Sanitation, dispensaries and jails vaccination Rajputana 1922-1927 - 1922-1927
Year: 1922
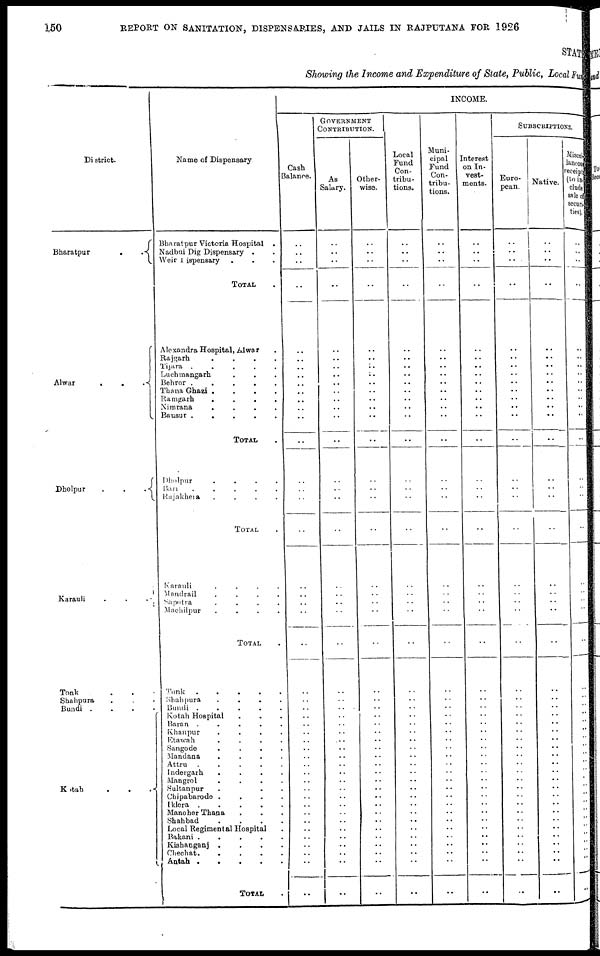
150
REPORT ON SANITATION, DISPENSARIES, AND JAILS IN RAJPUTANA FOR 1926
STAT
Showing the Income and Expenditure of State, Public, Local Fun
District.
Bharatpur
.
.
.
Alwar
.
.
.
.
Dholpur
.
.
.
.
Karauli . . . . .
Tonk . . . .
Shahpura . . .
Bundi . . .
Kotah . . .
Name of Dispensary
Bharatpur Victoria Hospital .
Nadbui Dig Dispensary . .
Weir Dispensary . . .
TOTAL .
Alexandra Hospital, Alwar .
Rajgarh
.
.
.
.
Tijara
.
.
.
.
Luchmangarh . . .
Behror
.
.
.
.
.
Thana Ghazi
.
.
.
.
Ramgarh
.
.
.
.
Nimrana
.
.
.
.
Bausur
.
.
.
.
TOTAL .
Dholpur
.
.
.
.
Bari
.
.
.
.
.
Rajakhera . . . . . .
TOTAL .
Karauli
.
.
.
.
Mandrail
.
.
.
.
Sapotra
.
.
.
.
.
Machilpur . . . .
TOTAL .
Tonk
.
.
.
.
.
Shahpura . . . .
Bundi
.
.
.
.
Kotah Hospital . . .
Baran
.
.
.
.
.
Khanpur . . . . .
Etawah . . . .
Sangode
.
.
.
.
.
Mandana
.
.
.
.
.
Attru
.
.
.
.
Indergarh . . . .
Mangrol
.
.
.
.
Sultanpur . . . .
Chipabarode .
.
. .
Iklera
.
.
.
.
.
Manoher Thana . . . .
Shahbad
.
.
.
.
.
Local Regimental Hospital .
Bakani
.
.
.
.
.
Kishanganj
.
.
.
.
Chechat. . . . .
.
Antah . . . .
TOTAL .
INCOME.
Cash
Balance.
..
..
..
..
..
..
..
..
..
..
..
.. ..
..
..
..
..
..
..
..
..
..
..
..
..
..
..
..
..
..
..
..
..
..
..
..
..
..
..
..
..
..
..
..
..
..
GOVERNMENT
CONTRIBUTION.
As
Salary.
..
..
..
..
..
..
..
..
..
..
..
..
..
..
..
..
..
..
..
..
..
..
..
..
..
..
..
..
..
..
..
..
..
..
..
..
..
..
..
..
..
..
..
..
..
..
Other-
wise.
..
..
..
..
..
..
.. ..
..
..
..
..
..
..
..
..
..
..
..
..
..
..
..
..
..
..
..
..
..
..
..
..
..
..
..
..
..
..
..
..
..
..
..
..
..
..
Local
Fund
Con-
tribu-
tions.
..
..
..
..
..
..
.. ..
..
..
..
..
..
..
..
..
..
..
..
..
..
..
..
..
..
..
..
..
..
..
..
..
..
..
..
..
..
..
..
..
..
..
..
..
..
..
Muni-
cipal
Fund
Con-
tribu-
tions.
..
..
..
..
..
..
..
..
..
..
..
..
..
..
..
..
..
..
..
..
..
..
..
..
..
..
..
..
..
..
..
..
..
..
..
..
..
..
..
..
..
..
..
..
..
..
Interest
on In-
vest-
ments.
..
..
..
..
..
..
..
..
..
..
..
..
..
..
..
..
..
..
..
..
..
..
..
..
..
..
..
..
..
..
..
..
..
..
..
..
..
..
..
..
..
..
..
..
..
..
SUBSCRIPTIONS.
Euro-
pean.
..
..
..
..
..
..
..
..
..
..
..
..
..
..
..
..
..
..
..
..
..
..
..
..
..
..
..
..
..
..
..
..
..
..
..
..
..
..
..
..
..
..
..
..
..
..
Native.
..
..
..
..
..
..
..
..
..
..
..
..
..
..
..
..
..
..
..
..
..
..
..
..
..
..
..
..
..
..
..
..
..
..
..
..
..
..
..
..
..
..
..
..
..
..
Miscel-
laneous
receipts
(to in-
clude
sale of
securi-
ties).
..
..
..
..
..
..
..
..
..
..
..
..
..
..
..
..
..
..
..
..
..
..
..
..
..
..
..
..
..
..
..
..
..
..
..
..
..
..
..
..
..
..
..
..
..
..